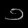
Digit: ၁